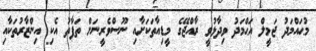
މުޙައްމަދު ޖަމީލް އަޙްމަދު ވިދާޅުވީ ރާއްޖޭގެ މީޑިއާތަކަށާއި ނޫސްވެރީނަށް ތަފާތު އެކި އިންޒާރުތަކާއި